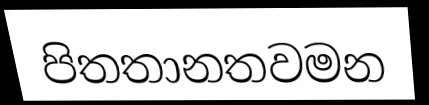
පිතතානතවමන